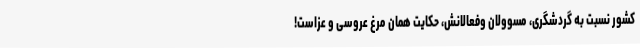
کشور نسبت به گردشگری، مسوولان وفعالانش، حکایت همان مرغ عروسی و عزاست!